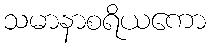
သမာနာစရိယကော